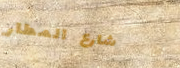
شارع المطار